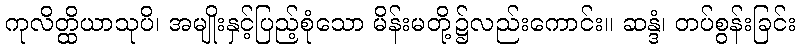
ကုလိတ္ထိယာသုပိ၊ အမျိုးနှင့်ပြည့်စုံသော မိန်းမတို့၌လည်းကောင်း။ ဆန္ဒံ၊ တပ်စွန်းခြင်း